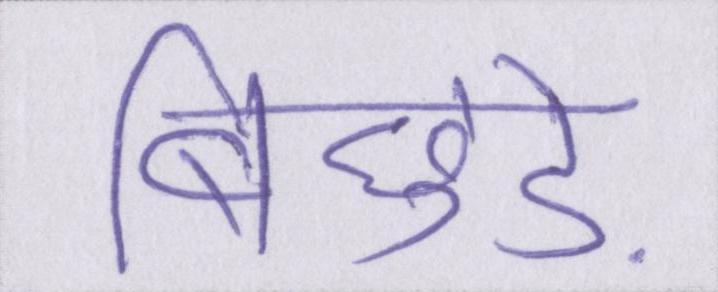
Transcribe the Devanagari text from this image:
बिछुड़े